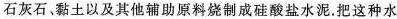
石灰石，黏土以及其他辅助原料烧制成硅酸盐水泥。把这种水